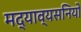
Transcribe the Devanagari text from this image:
मद्याव्यसनियों